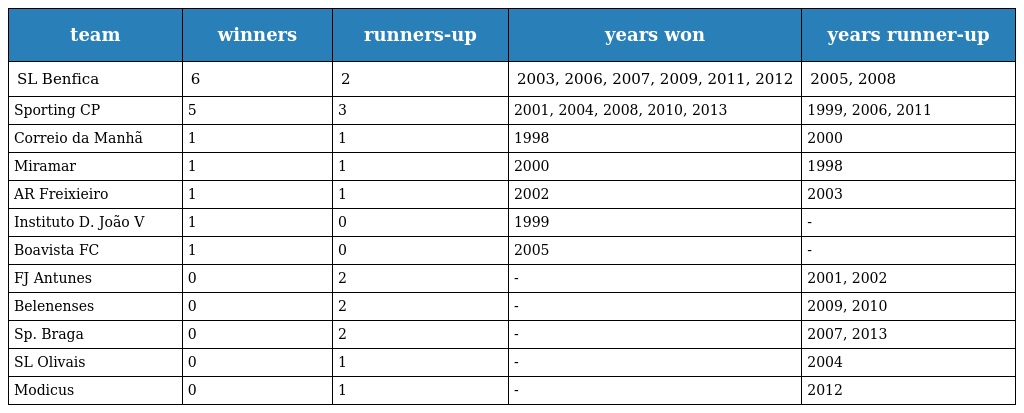
| team | winners | runners-up | years won | years runner-up |
 | --- | --- | --- | --- | --- |
 | SL Benfica | 6 | 2 | 2003, 2006, 2007, 2009, 2011, 2012 | 2005, 2008 |
 | Sporting CP | 5 | 3 | 2001, 2004, 2008, 2010, 2013 | 1999, 2006, 2011 |
 | Correio da Manhã | 1 | 1 | 1998 | 2000 |
 | Miramar | 1 | 1 | 2000 | 1998 |
 | AR Freixieiro | 1 | 1 | 2002 | 2003 |
 | Instituto D. João V | 1 | 0 | 1999 | - |
 | Boavista FC | 1 | 0 | 2005 | - |
 | FJ Antunes | 0 | 2 | - | 2001, 2002 |
 | Belenenses | 0 | 2 | - | 2009, 2010 |
 | Sp. Braga | 0 | 2 | - | 2007, 2013 |
 | SL Olivais | 0 | 1 | - | 2004 |
 | Modicus | 0 | 1 | - | 2012 |